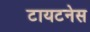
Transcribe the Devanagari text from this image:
टायटनेस